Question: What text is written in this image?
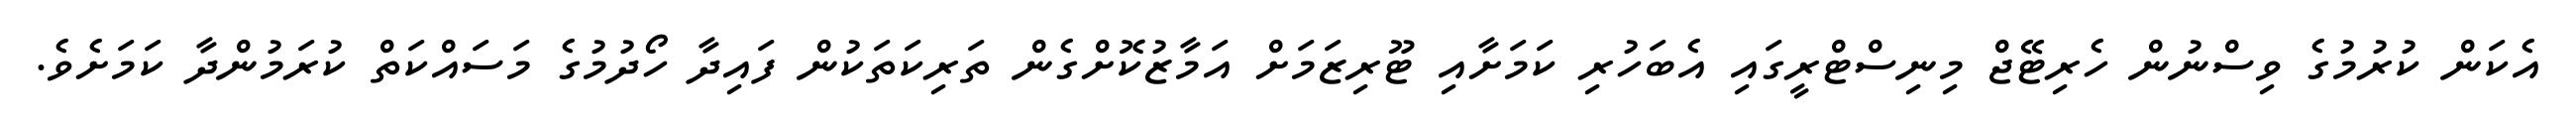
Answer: އެކަން ކުރުމުގެ ވިސްނުން ހެރިޓޭޖް މިނިސްޓްރީގައި އެބަހުރި ކަމަށާއި ޓޫރިޒަމަށް އަމާޒުކޮށްގެން ތަރިކަތަކުން ފައިދާ ހޯދުމުގެ މަސައްކަތް ކުރަމުންދާ ކަމަށެވެ.